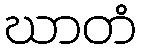
ဃာတံ